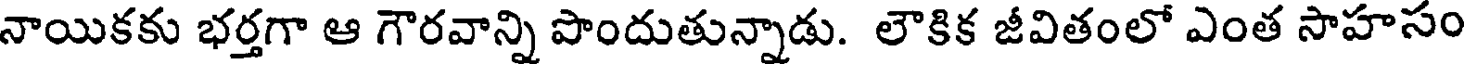
నాయికకు భర్తగా ఆ గౌరవాన్ని పొందుతున్నాడు. లౌకిక జీవితంలో ఎంత సాహసం